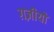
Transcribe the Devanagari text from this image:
ग़ज़ीयों